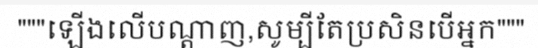
"""ឡើងលើបណ្តាញ,សូម្បីតែប្រសិនបើអ្នក"""